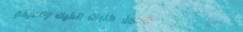
توصيل طلبات الكيك والديكو